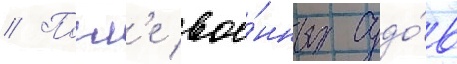
// Посл'е вое́нных судо́в